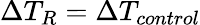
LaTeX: \Delta T_{R}=\Delta T_{control}